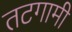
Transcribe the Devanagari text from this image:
तटगामी